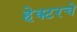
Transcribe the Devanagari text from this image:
हेक्टरचे